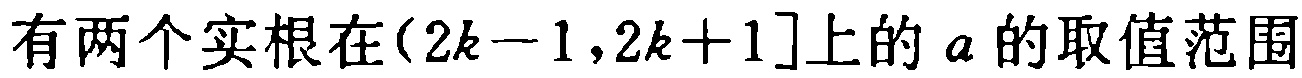
有两个实根在\((2k - 1,2k + 1]\)上的\(a\)的取值范围